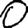
Digit: 0